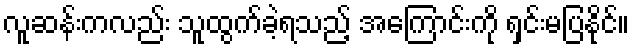
လူဆန်းကလည်း သူထွက်ခဲ့ရသည့် အကြောင်းကို ရှင်းမပြနိုင်။